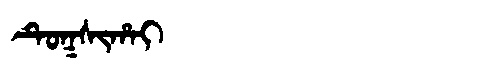
Manchu: ᡨᡠᡴᠰᡳᡥᠠᡳ
Romanization: TUKSIHAI